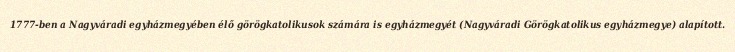
1777-ben a Nagyváradi egyházmegyében élő görögkatolikusok számára is egyházmegyét (Nagyváradi Görögkatolikus egyházmegye) alapított.